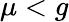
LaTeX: \mu<g